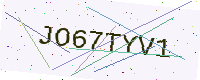
Text: JO67TYV1